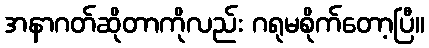
အနာဂတ်ဆိုတာကိုလည်း ဂရုမစိုက်တော့ပြီ။